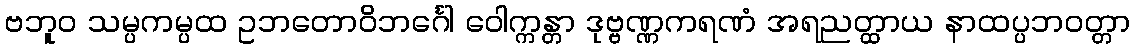
ဗဘူဝ သမ္ပကမ္ပထ ဥဘတောဝိဘင်္ဂေါ ဝေါက္ကန္တာ ဒုဗ္ဗဏ္ဏကရဏံ အရညတ္ထာယ နာထပ္ပဘဝတ္တာ